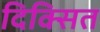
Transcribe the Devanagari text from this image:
दिक्सित